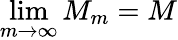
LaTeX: \operatorname*{lim}_{m\to\infty}M_{m}=M